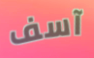
آسف